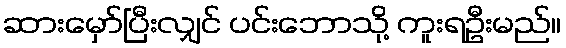
ဆားမှော်ပြီးလျှင် ပင်းဘောသို့ ကူးရဦးမည်။